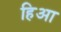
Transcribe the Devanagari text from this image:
हिआ